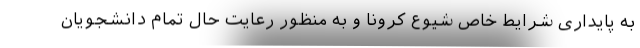
به پایداری شرایط خاص شیوع کرونا و به منظور رعایت حال تمام دانشجویان